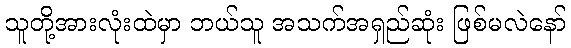
သူတို့အားလုံးထဲမှာ ဘယ်သူ အသက်အရှည်ဆုံး ဖြစ်မလဲနော်